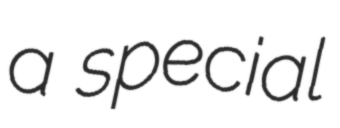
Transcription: a special